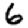
Digit: 6